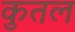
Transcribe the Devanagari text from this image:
कुतल